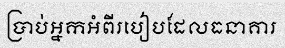
ប្រាប់អ្នកអំពីរបៀបដែលធនាគារ